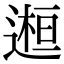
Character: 𨕹